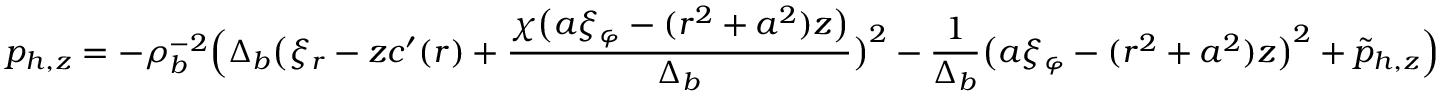
p _ { h , z } = - \rho _ { b } ^ { - 2 } \Big ( \Delta _ { b } \big ( \xi _ { r } - z c ^ { \prime } ( r ) + \frac { \chi \big ( a \xi _ { \varphi } - ( r ^ { 2 } + a ^ { 2 } ) z \big ) } { \Delta _ { b } } \big ) ^ { 2 } - \frac { 1 } { \Delta _ { b } } \big ( a \xi _ { \varphi } - ( r ^ { 2 } + a ^ { 2 } ) z \big ) ^ { 2 } + \tilde { p } _ { h , z } \Big )